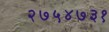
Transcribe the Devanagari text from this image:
२७५४७३१